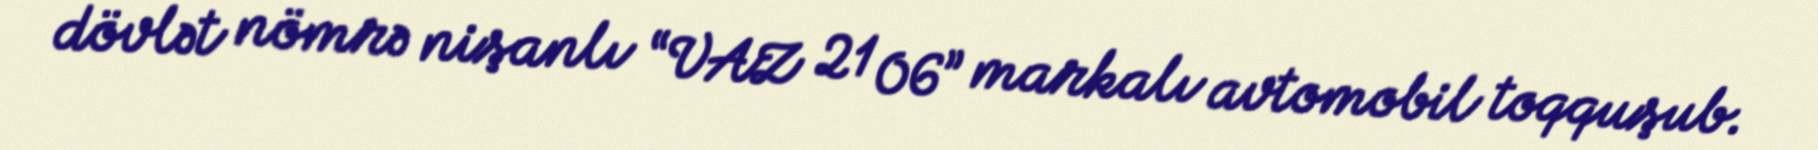
dövlət nömrə nişanlı “VAZ 21 06” markalı avtomobil toqquşub.